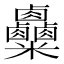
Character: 𥾄